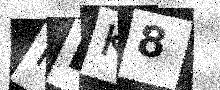
Text: PDK8